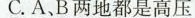
C.A.B两地都是高压